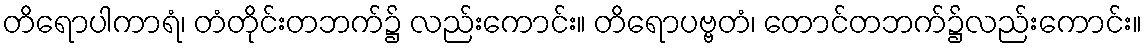
တိရောပါကာရံ၊ တံတိုင်းတဘက်၌ လည်းကောင်း။ တိရောပဗ္ဗတံ၊ တောင်တဘက်၌လည်းကောင်း။